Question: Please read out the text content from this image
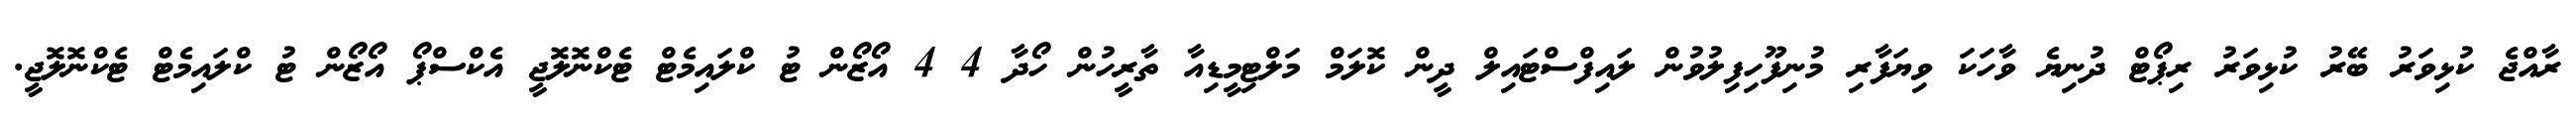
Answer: ރާއްޖެ ކުޅިވަރު ބޭރު ކުޅިވަރު ރިޕޯޓް ދުނިޔެ ވާހަކަ ވިޔަފާރި މުނިފޫހިފިލުވުން ލައިފްސްޓައިލް ދީން ކޮލަމް މަލްޓިމީޑިއާ ތާރީހުން ހޯދާ 4 4 އޯޒޯން ޓު ކްލައިމެޓް ޓެކްނޮލޮޖީ އެކްސްޕޯ އޯޒޯން ޓު ކްލައިމެޓް ޓެކްނޮލޮޖީ.